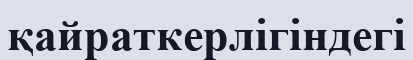
қайраткерлігіндегі